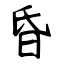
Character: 昏